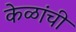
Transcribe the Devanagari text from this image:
केळांची